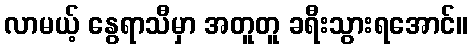
လာမယ့် နွေရာသီမှာ အတူတူ ခရီးသွားရအောင်။